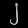
Digit: ၂